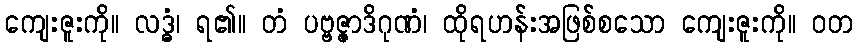
ကျေးဇူးကို။ လဒ္ဓံ၊ ရ၏။ တံ ပဗ္ဗဇ္ဇာဒိဂုဏံ၊ ထိုရဟန်းအဖြစ်စသော ကျေးဇူးကို။ ဝတ